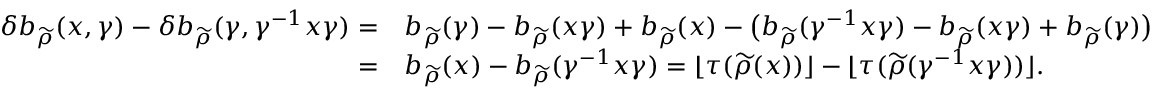
\begin{array} { r l } { \delta b _ { \widetilde { \rho } } ( x , \gamma ) - \delta b _ { \widetilde { \rho } } ( \gamma , \gamma ^ { - 1 } x \gamma ) = } & { b _ { \widetilde { \rho } } ( \gamma ) - b _ { \widetilde { \rho } } ( x \gamma ) + b _ { \widetilde { \rho } } ( x ) - \big ( b _ { \widetilde { \rho } } ( \gamma ^ { - 1 } x \gamma ) - b _ { \widetilde { \rho } } ( x \gamma ) + b _ { \widetilde { \rho } } ( \gamma ) \big ) } \\ { = } & { b _ { \widetilde { \rho } } ( x ) - b _ { \widetilde { \rho } } ( \gamma ^ { - 1 } x \gamma ) = \lfloor \tau ( \widetilde { \rho } ( x ) ) \rfloor - \lfloor \tau ( \widetilde { \rho } ( \gamma ^ { - 1 } x \gamma ) ) \rfloor . } \end{array}